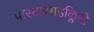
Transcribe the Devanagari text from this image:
प्रास्टासाइक्लिनों